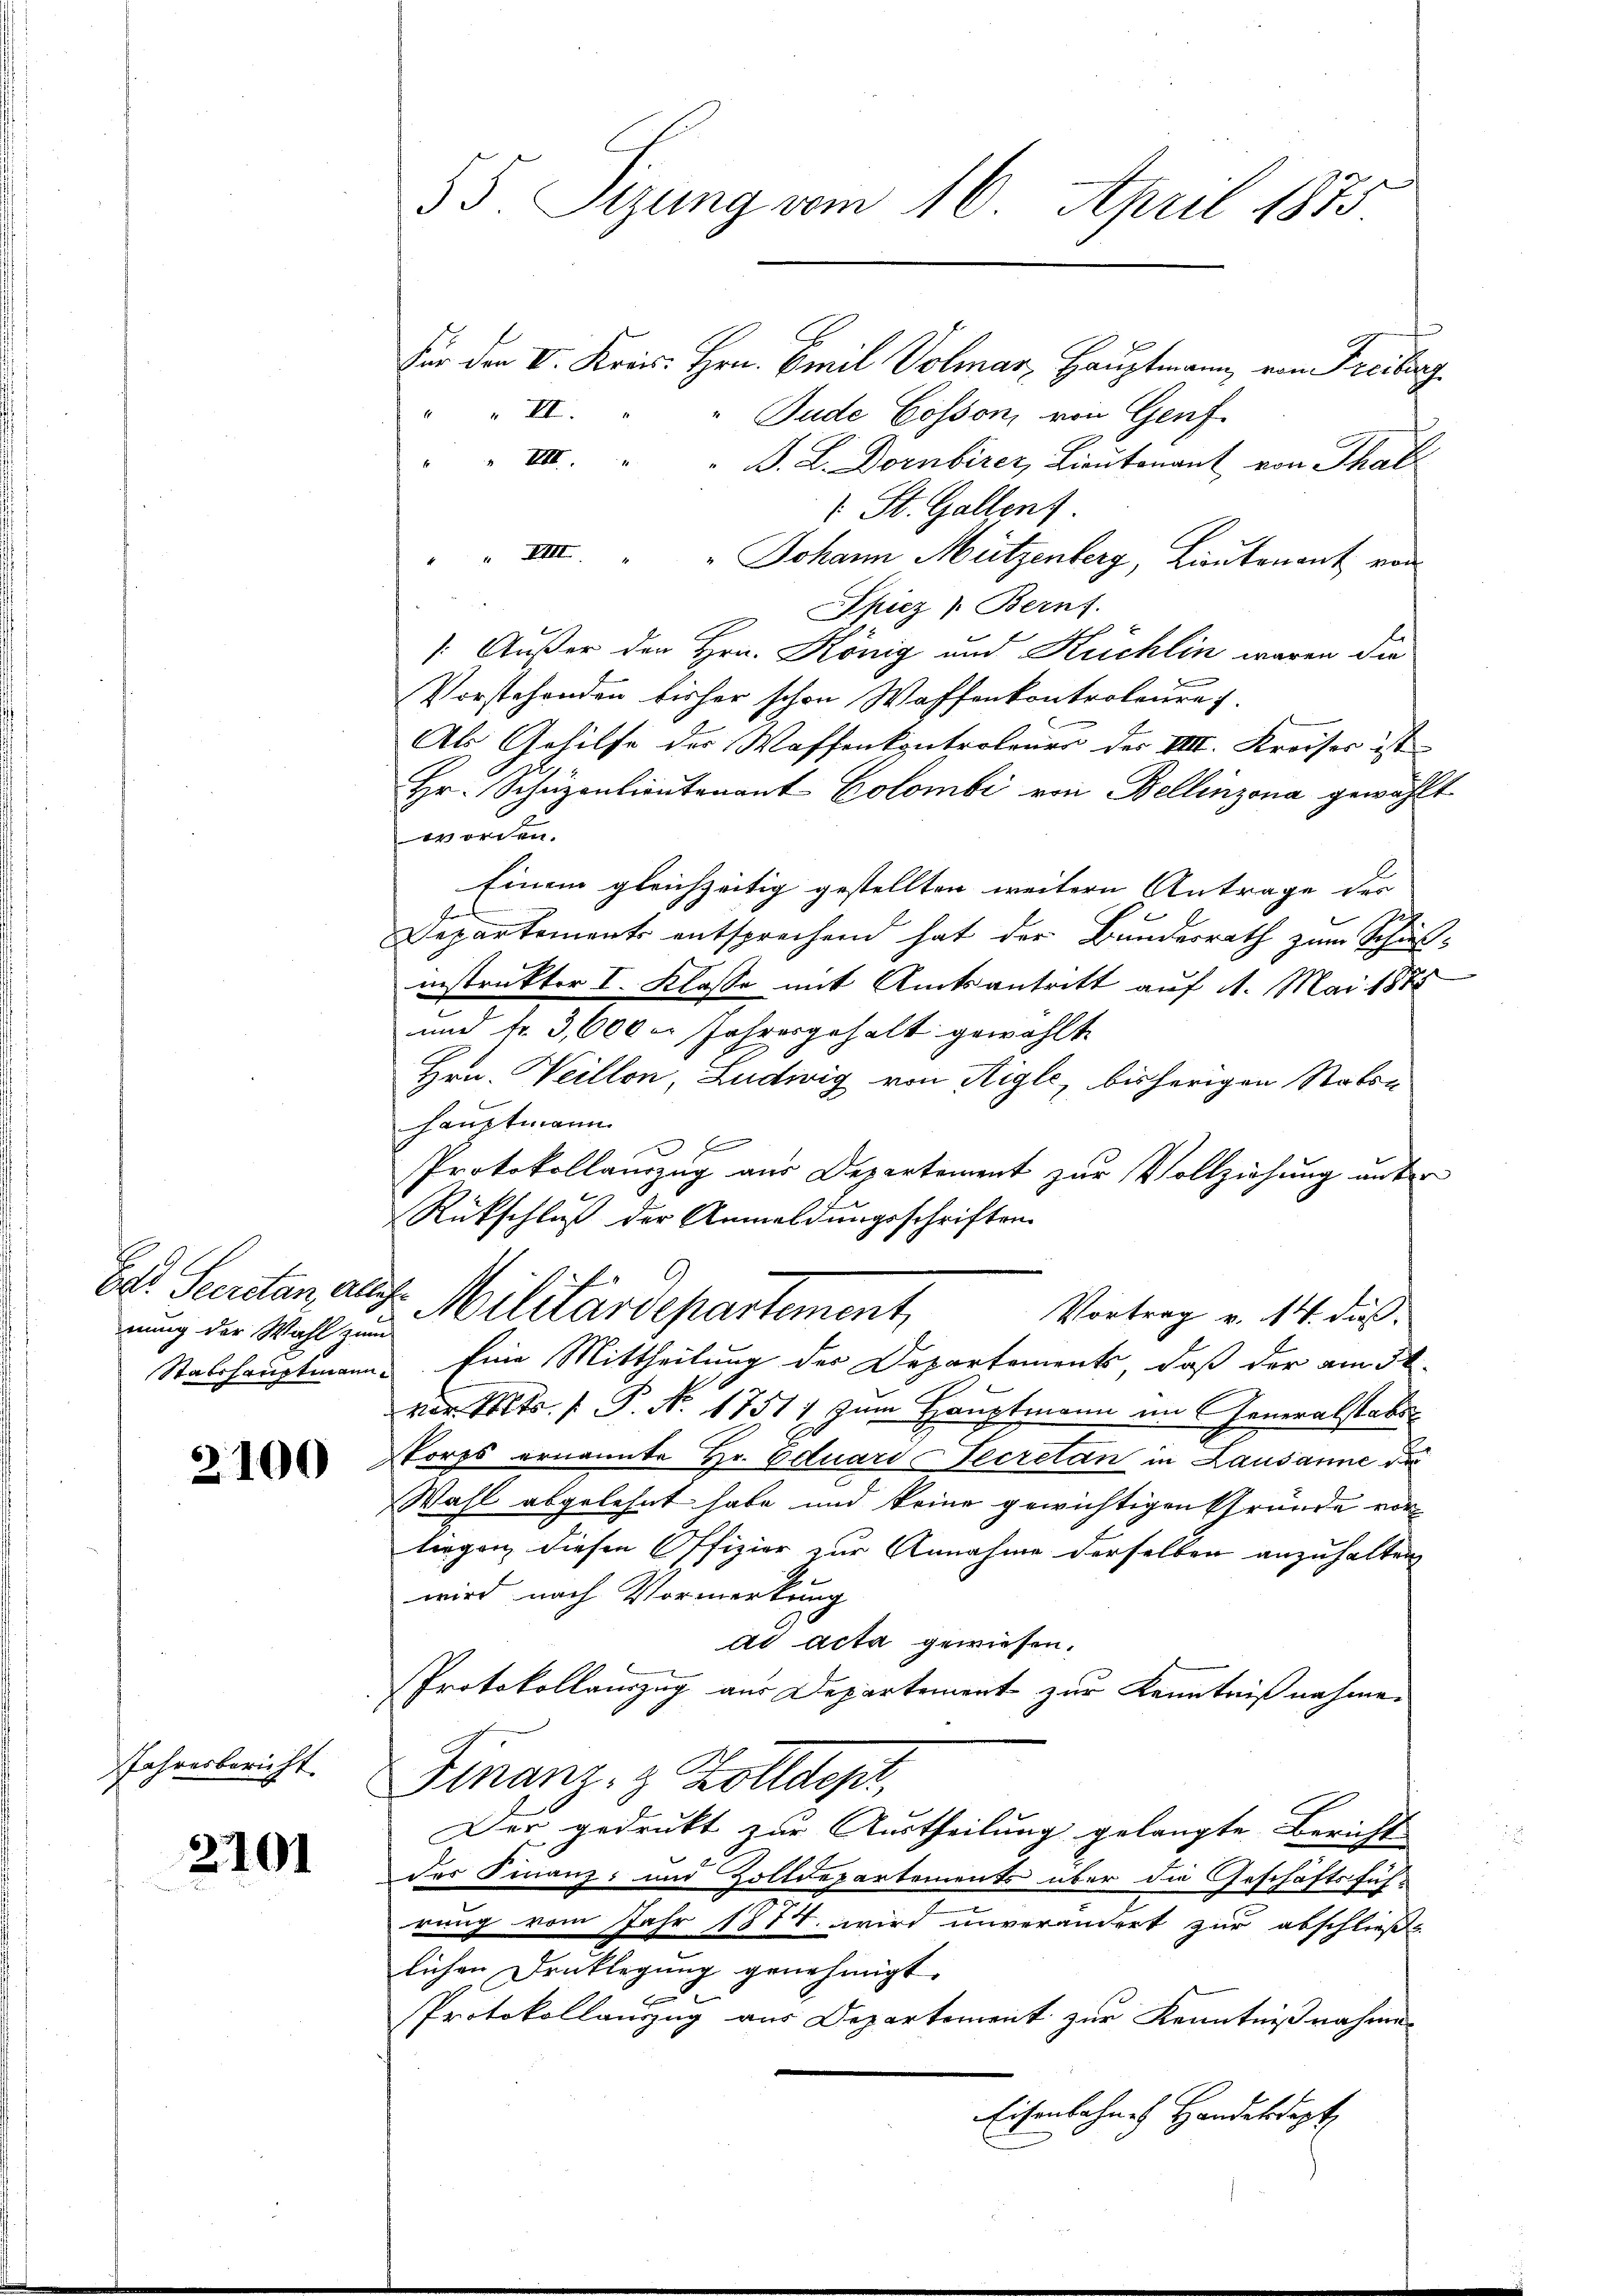
nung der Wahl zum

2100

Jahresbericht.

2101

55. Sizung vom 16. April 1873

Für den V. Kris. Hrn. Emil Volmar, Hauptmann von Freiburg
" II.
Bude Cosson, von Genf
 VIII. " " J. L. Dornbirer, Lieutnant von Thal
1. St. Gallent.
 VIII. " " Johann Mützenberg, Lieutenant von
Spiez . Bernt.
/. Außer den Hrn. König und Kuchlin waren die
Vorstehenden bisher schon Waffenkontroleure
Als Gehilfe der Waffenkontrolener der VIII. Kreises ist
Hr. Schüzentientenant Colombi von Bellinzona gewählt
worden.
Einem gleichzeitig gestellten weitern Antrage der
Departements entsprechend hat der Bundesrath zum Schulinstrakter I. Klasse mit Amtsantritt auf 1. Mai 1875
und fr. 3,000 er Jahresgehalt gewählte
Hrn. Weillon, Ludwig von Aigle, bisherigen Stabsa
Hauptmann.
f
Protokollauszug aus Departement zur Vollziehung unter
Rückschluß der Anmeldungsschriften
Bo. Secretan, auf Militärdepartement,
Vortrag v. 14. dieß.
Stabshauptmann. Eine Mittheilung der Departements, daß der am 31.
vor. Mts. f. P. No. 1751) zum Hauptmann im Generalstabe
Porps ernannte Hr. Eduard Secretan in Lausanne de
Wahl abgelehnt habe und keine gewichtigen Gründe vor
liegen diesen Offizier zur Annahme derselben anzuhalten
wird nach Vormerkung
ad acta gewiesen.
Protokollauszug aus Departement zur Kenntnißnahme.
Finanz- & Zolldepr
Der gedrukt zur Austheilung gelangte Bericht
der Finanz- und Zolldepartements über die Geschäftsfüh-
rung vom Jahr 1874. wird unverändert zur abschließe
lichen Drucklegung genehmigt.
Protokollanzzug aus Departement zur Kenntnißnahme
Eisenbahne Handekadapt